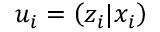
u _ { i } = \left( z _ { i } | x _ { i } \right)